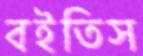
বইতিস